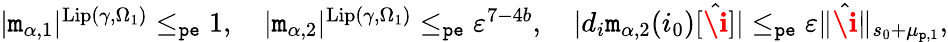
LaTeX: \begin{array}{r}{|\mathtt{m}_{\alpha,1}|^{\mathrm{Lip}(\gamma,\Omega_{1})}\le_{\mathtt{pe}}1,\quad|\mathtt{m}_{\alpha,2}|^{\mathrm{Lip}(\gamma,\Omega_{1})}\le_{\mathtt{pe}}\varepsilon^{7-4b},\quad|d_{i}\mathtt{m}_{\alpha,2}(i_{0})[\hat{\textbf{\i}}]|\le_{\mathtt{pe}}\varepsilon\rVert\hat{\textbf{\i}}\rVert_{s_{0}+\mu_{\mathtt{p},1}},}\end{array}